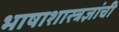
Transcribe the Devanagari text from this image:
भाषाशास्त्रज्ञांची